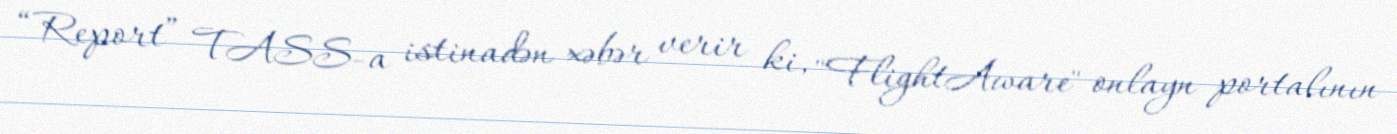
“Report” TASS-a istinadən xəbər verir ki, "FlightAware" onlayn portalının